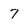
Character: 7